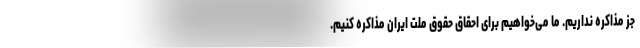
جز مذاکره نداریم. ما می‌خواهیم برای احقاق حقوق ملت ایران مذاکره کنیم.